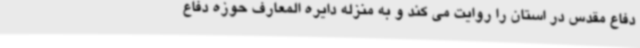
دفاع مقدس در استان را روایت می کند و به منزله دایره المعارف حوزه دفاع